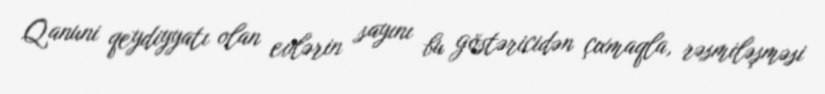
Qanuni qeydiyyatı olan evlərin sayını bu göstəricidən çıxmaqla, rəsmiləşməsi